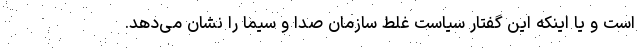
است و یا اینکه این گفتار سیاست غلط سازمان صدا و سیما را نشان می‌دهد.